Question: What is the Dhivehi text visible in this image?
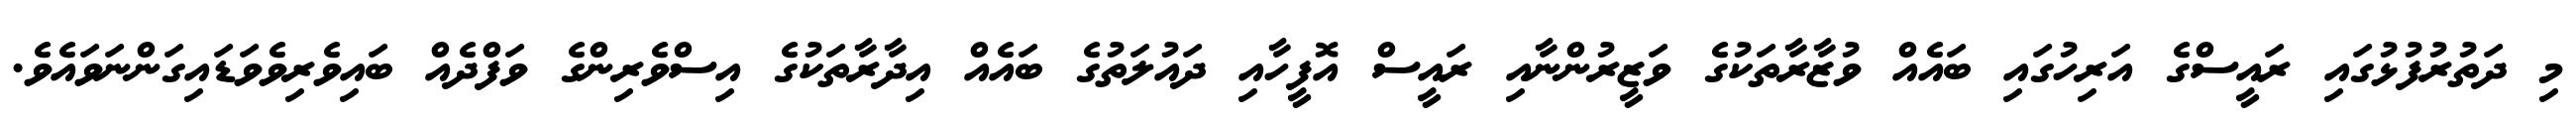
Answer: މި ދަތުރުފުޅުގައި ރައީސްގެ އަރިހުގައި ބައެއް ވުޒާރާތަކުގެ ވަޒީރުންނާއި ރައީސް އޮފީހާއި ދައުލަތުގެ ބައެއް އިދާރާތަކުގެ އިސްވެރިންގެ ވަފްދެއް ބައިވެރިވެވަޑައިގަންނަވައެވެ.